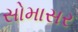
સોમાસર